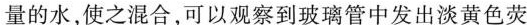
量的水，使之混合，可以观察到玻璃管中发出淡黄色荧